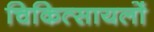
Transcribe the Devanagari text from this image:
चिकित्सायलों